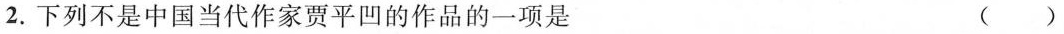
2.下列不是中国当代作家贾平凹的作品的一项是 ()